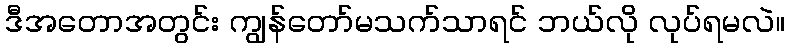
ဒီအတောအတွင်း ကျွန်တော်မသက်သာရင် ဘယ်လို လုပ်ရမလဲ။